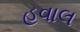
હવાલ